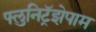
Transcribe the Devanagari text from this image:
फ्लुनिट्रॅझेपाम